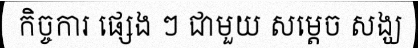
កិច្ចការ ផ្សេង ៗ ជាមួយ សម្តេច សង្ឃ